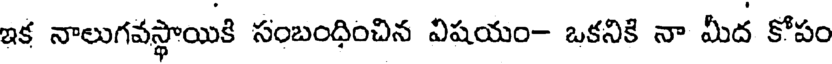
ఇక నాలుగవస్థాయికి సంబంధించిన విషయం- ఒకనికి నా మీద కోపం